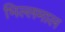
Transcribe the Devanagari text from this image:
भिल्लमाल